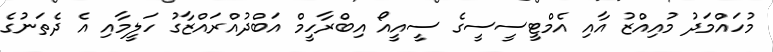
މުހައްމަދު މުއިއްޒު އާއި އެމްޓީސީސީގެ ސީއީއޯ އިބްރާހީމް އަބްދުއްރައްޒާގު ހަލީމާއި އެ ދެތަނުގެ